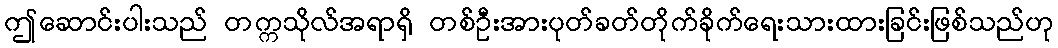
ဤဆောင်းပါးသည် တက္ကသိုလ်အရာရှိ တစ်ဦးအားပုတ်ခတ်တိုက်ခိုက်ရေးသားထားခြင်းဖြစ်သည်ဟု